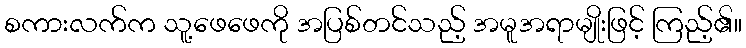
စကားလက်က သူ့ဖေဖေကို အပြစ်တင်သည့် အမူအရာမျိုးဖြင့် ကြည့်၏။